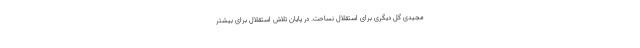
مجیدی گل دیگری برای استقلال نساحت. در پایان تلاش استقلال برای بیشتر